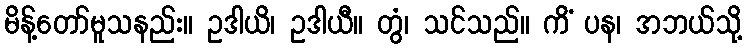
မိန့်တော်မူသနည်း။ ဥဒါယိ၊ ဥဒါယီ။ တွံ၊ သင်သည်။ ကိံ ပန၊ အဘယ်သို့